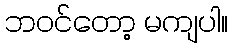
ဘဝင်တော့ မကျပါ။